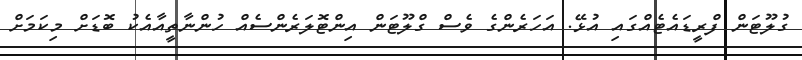
ގުލޫޓަން ފްރީޑައެޓެއްގައި އުޅޭ. އަހަރެންގެ ވެސް ގްލޫޓަން އިންޓޮލަރެންސެއް ހުންނާތީއާއެކު ބޮޑަށް މިކަމަށް